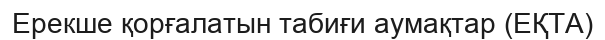
Ерекше қорғалатын табиғи аумақтар (ЕҚТА)